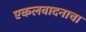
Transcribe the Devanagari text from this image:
एकलवादनाचा